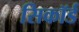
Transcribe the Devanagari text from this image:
सिकॉर्ड